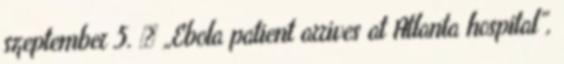
szeptember 5. ↑ „Ebola patient arrives at Atlanta hospital”,